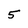
Character: 5